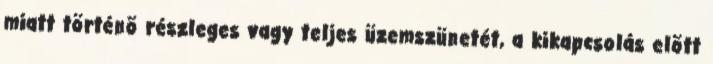
miatt történõ részleges vagy teljes üzemszünetét, a kikapcsolás elõtt